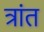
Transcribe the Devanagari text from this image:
त्रांत